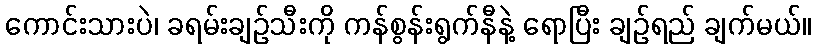
ကောင်းသားပဲ၊ ခရမ်းချဉ်သီးကို ကန်စွန်းရွက်နီနဲ့ ရောပြီး ချဉ်ရည် ချက်မယ်။